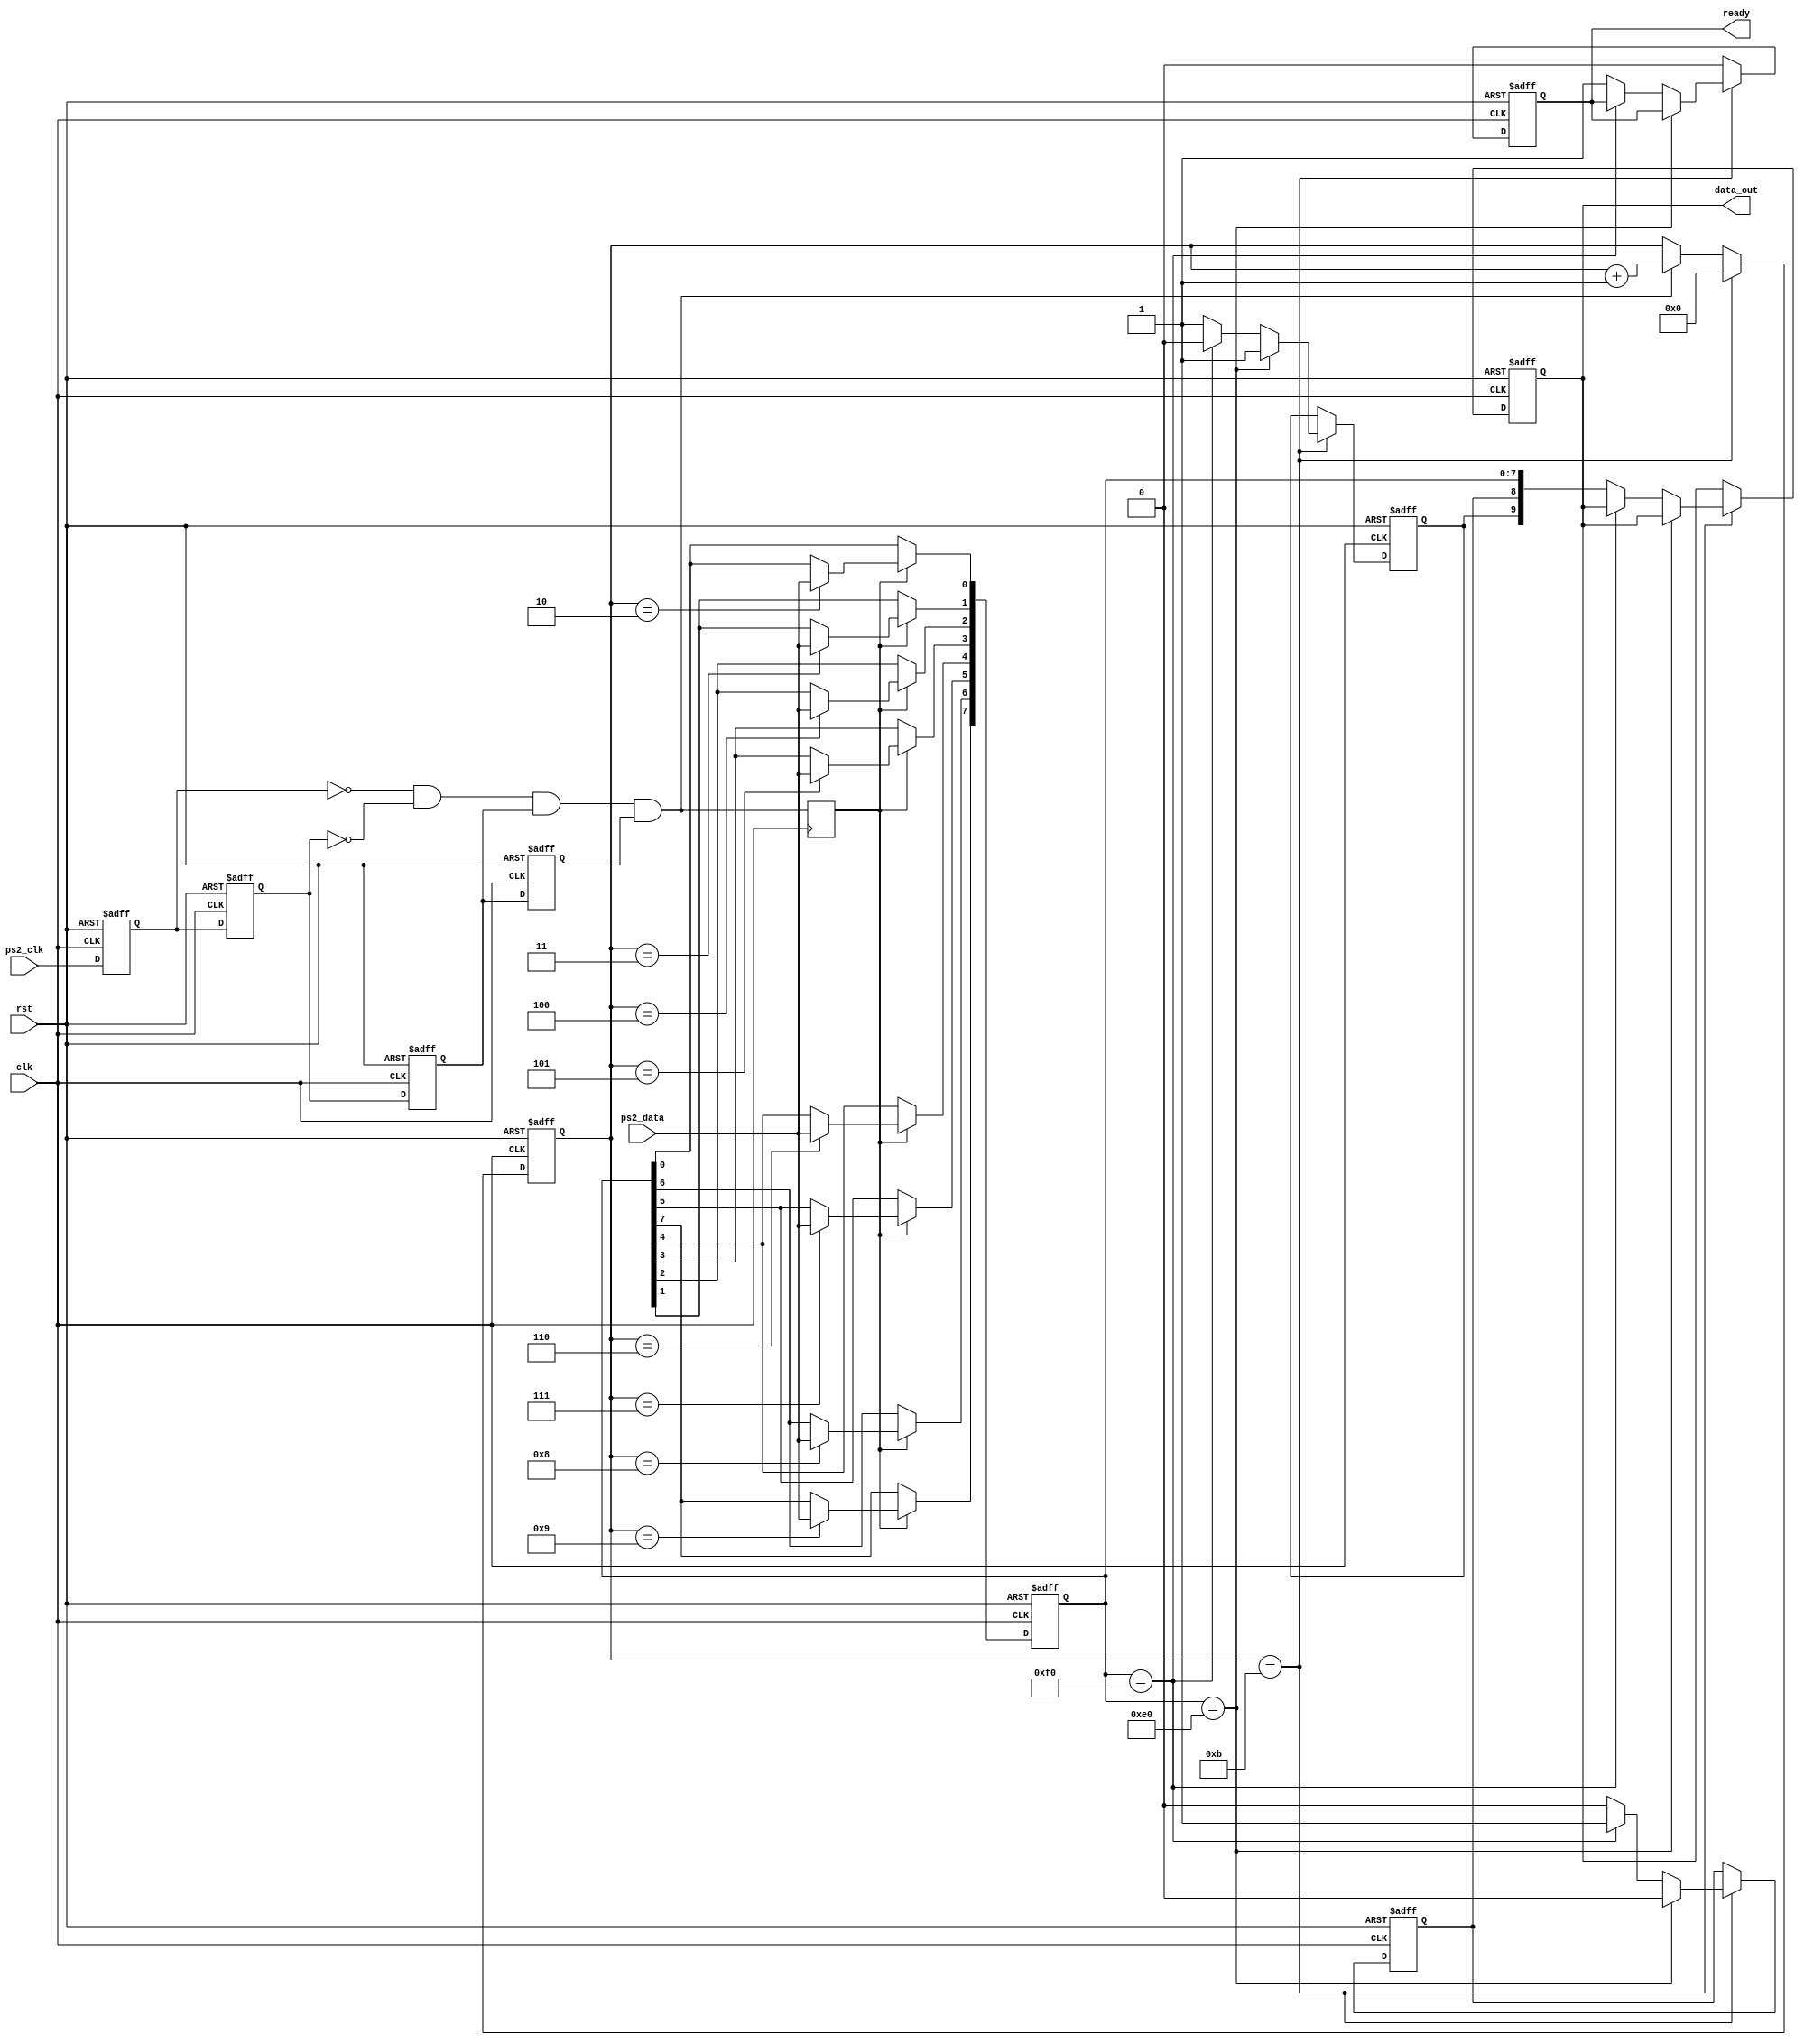
`timescale 1ns / 1ps

	module ps2(
				input clk,
				input rst,
				input ps2_clk,
				input ps2_data,
				output [9:0] data_out,
				output ready
    );

    reg ps2_clk_sign0, ps2_clk_sign1, ps2_clk_sign2, ps2_clk_sign3;
    wire negedge_ps2_clk;
    


    always @ (posedge clk or posedge rst) begin
        if(rst) begin
            ps2_clk_sign0 <= 1'b0;
            ps2_clk_sign1 <= 1'b0;
            ps2_clk_sign2 <= 1'b0; 
            ps2_clk_sign3 <= 1'b0;
        end
        else begin
            ps2_clk_sign0 <= ps2_clk;
            ps2_clk_sign1 <= ps2_clk_sign0;
            ps2_clk_sign2 <= ps2_clk_sign1; 
            ps2_clk_sign3 <= ps2_clk_sign2;  
        end
    end

    assign negedge_ps2_clk = !ps2_clk_sign0 & !ps2_clk_sign1 & ps2_clk_sign2 & ps2_clk_sign3;
    reg [3:0] cnt;
    always @(posedge clk or posedge rst) begin
        if(rst)
            cnt <= 4'd0;
        else if(cnt == 4'd11)
            cnt <= 4'd0;
        else if(negedge_ps2_clk)
            cnt <= cnt + 1'b1;
    end

    reg negedge_ps2_clk_shift;
    always @ (posedge clk) begin
        negedge_ps2_clk_shift <= negedge_ps2_clk;
    end

    reg [7:0] data_in;
    always @ (posedge clk or posedge rst) begin
        if(rst)
            data_in <= 8'd0;
        else if(negedge_ps2_clk_shift) begin
            case(cnt)
                4'd2 : data_in[0] <= ps2_data;
                4'd3 : data_in[1] <= ps2_data;
                4'd4 : data_in[2] <= ps2_data;
                4'd5 : data_in[3] <= ps2_data;
                4'd6 : data_in[4] <= ps2_data;
                4'd7 : data_in[5] <= ps2_data;
                4'd8 : data_in[6] <= ps2_data;
                4'd9 : data_in[7] <= ps2_data;
                default : data_in <= data_in;
            endcase 
        end else
            data_in <= data_in;
    end

    reg key_break, key_done, key_expand;
    reg [9:0] data;
    always @ (posedge clk or posedge rst) begin
        if(rst) begin
            key_break <= 1'b0;
            data <= 10'd0;
            key_done <= 1'b0;
            key_expand <= 1'b0;
        end 
        else if(cnt == 4'd11) begin
            if(data_in == 8'hE0) begin
                key_expand <= 1'b1;
				key_break <= 1'b0;
			end
            else if(data_in == 8'hF0) begin
                key_break <= 1'b1;
				key_expand <= 1'b0;
			end
            else begin
                data <= {key_expand, key_break, data_in};
                key_done <= 1'b1;
                key_expand <= 1'b1;
                key_break <= 1'b0;
            end  
        end 
        else begin
            data <= data;
            key_done <= 1'b0;
            key_expand <= key_expand;
            key_break <= key_break;
        end
    end

    assign data_out = data;
    assign ready = key_done;

endmodule